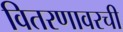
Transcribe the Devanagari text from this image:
वितरणावरची